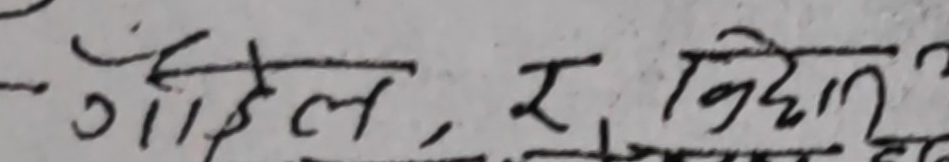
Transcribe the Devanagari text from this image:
- कहिले र निहुर?